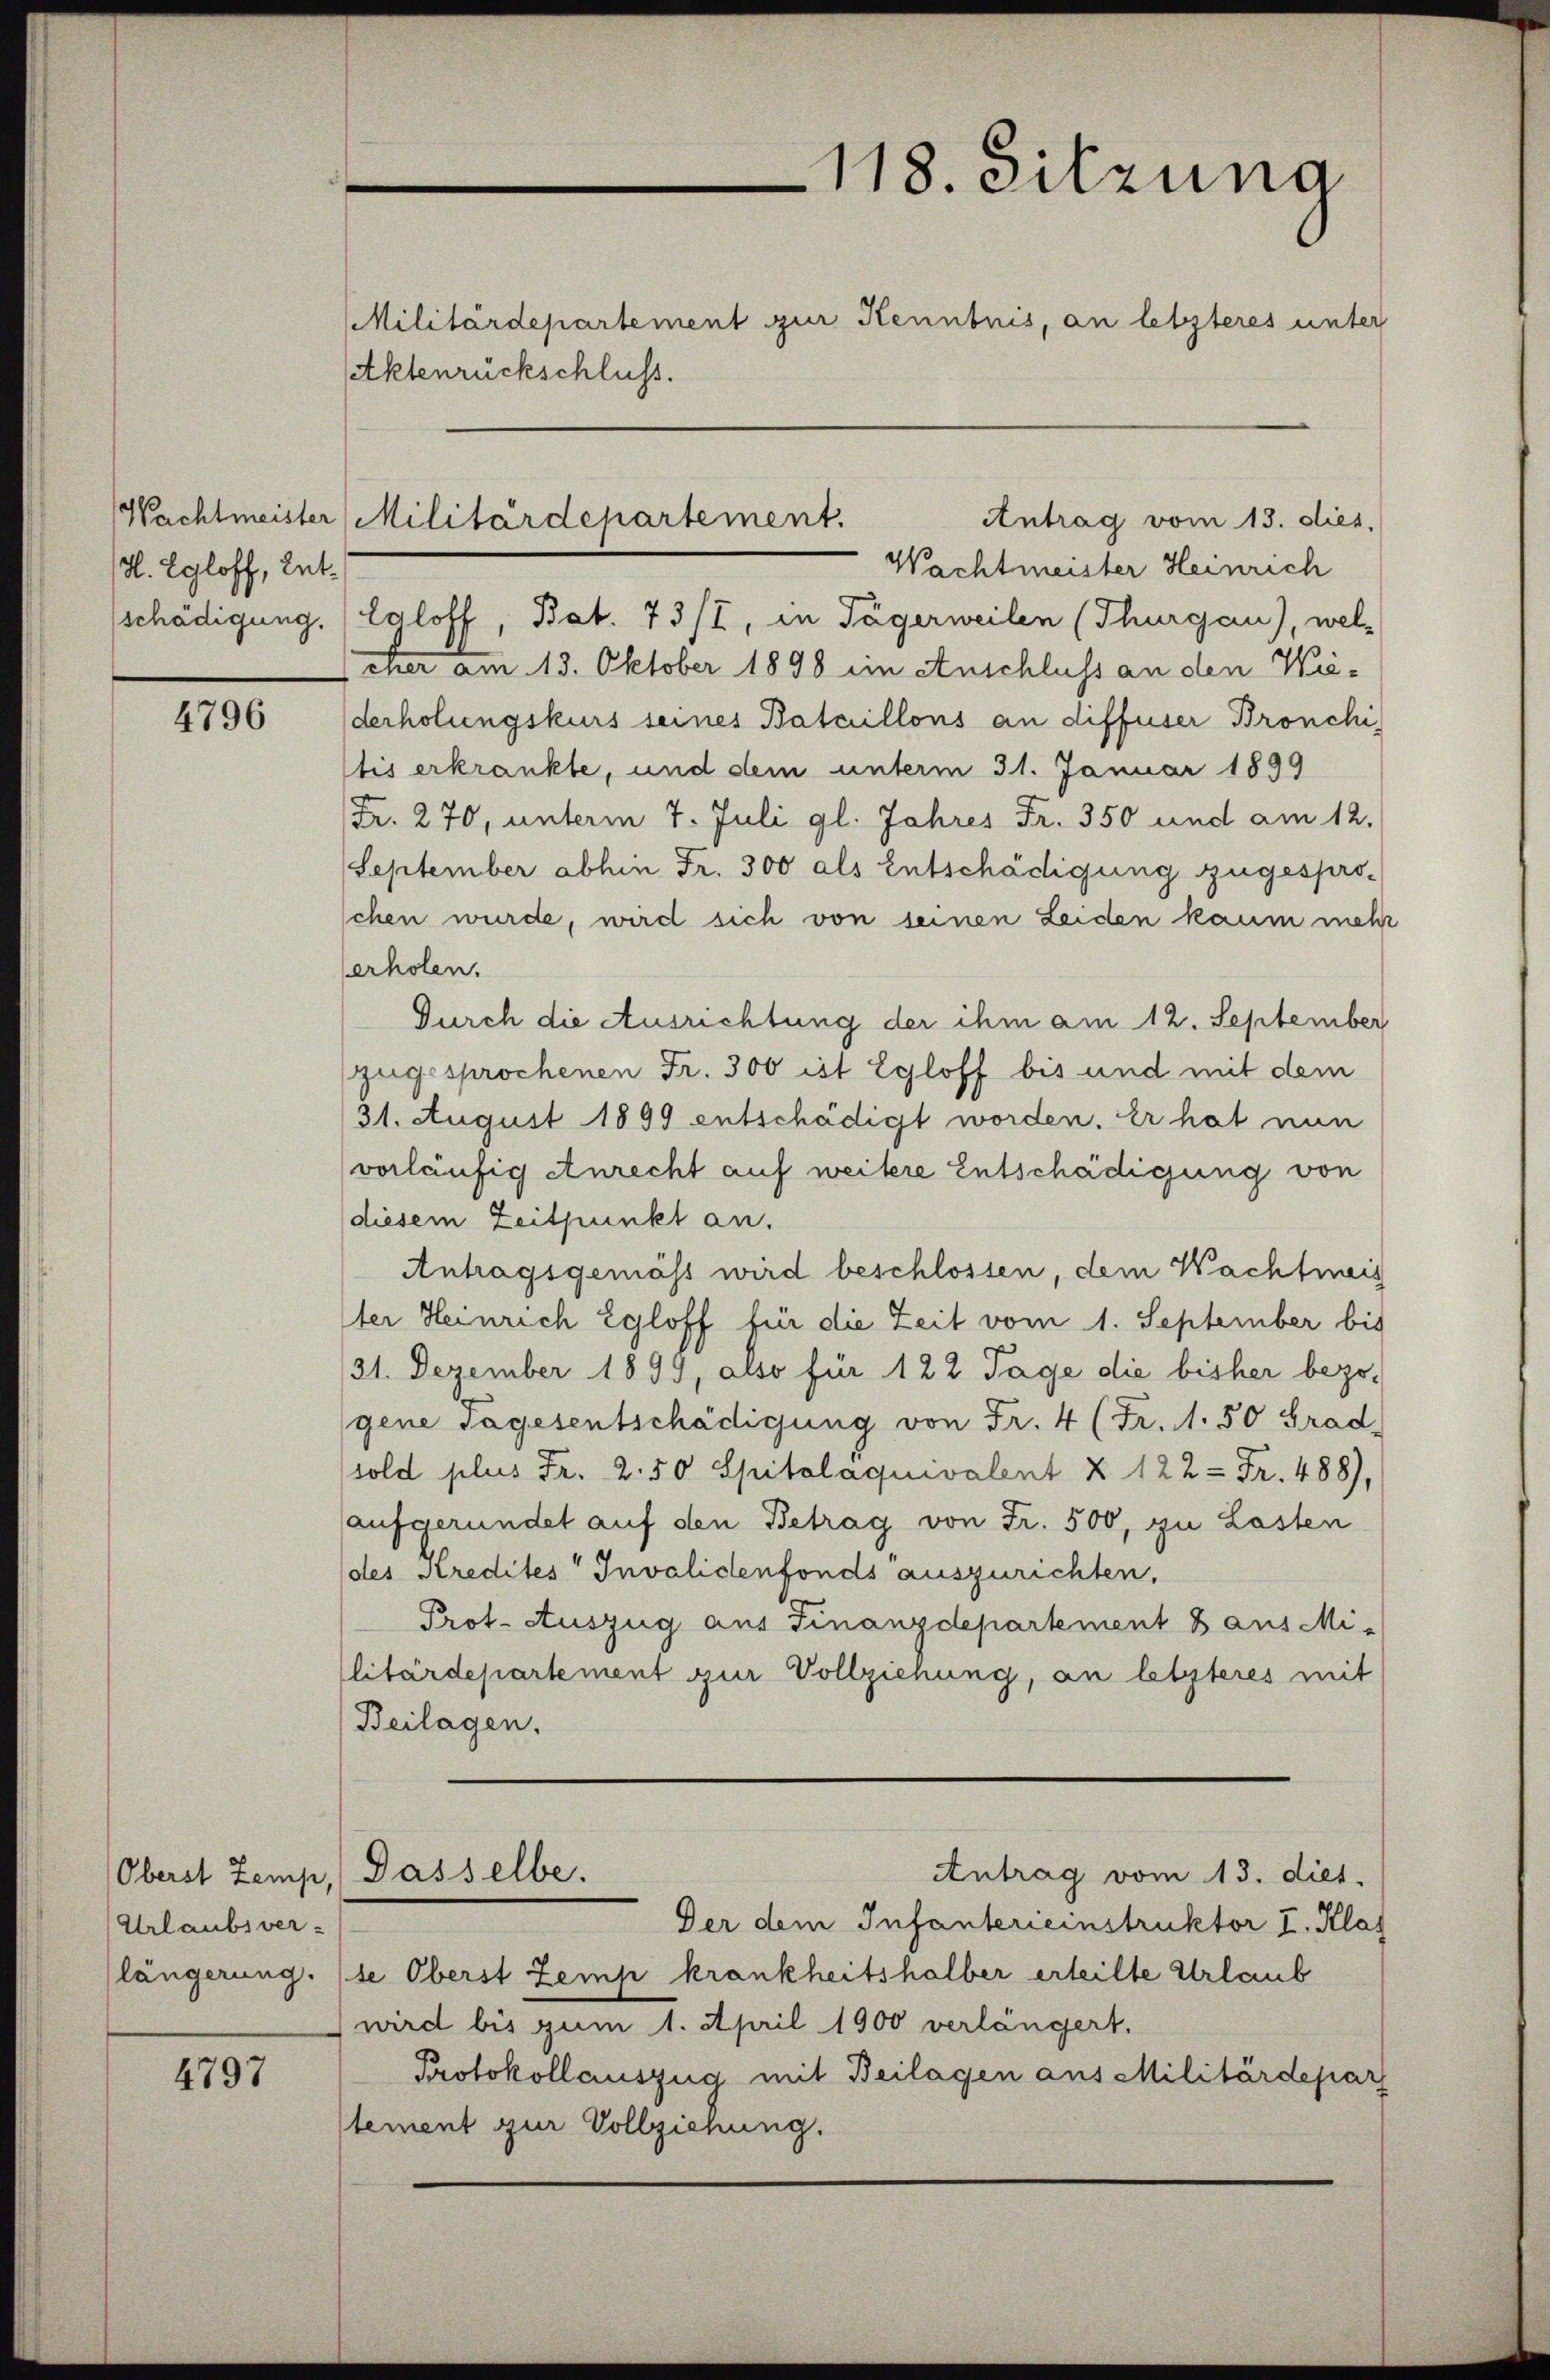
/d. Egloff, Ent¬

4796

Urlaubsver-
längerung.

4797

Aktenrückschluss.

Wachtmeister Heinrich
schädigung. (Laloff, Bat. 73/I, in Tägerweilen (Thurgau), wel-
eher am 13. Oktober 1898 im Anschluss an den Wiederholungskurs seines Bataillons an diffuser Bronchi
tis erkrankte, und dem unterm 31. Januar 1899
Fr. 270, unterm 7. Juli gl. Jahres Fr. 350 und am 12.
September abhin Fr. 300 als Entschädigung zugesprochen wurde, wird sich von seinen Leiden kaum mehr
erholen.
Durch die Ausrichtung der ihm am 12. September
zugesprochenen Fr. 300 ist Egloff bis und mit dem
31. August 1899 entschädigt worden. Er hat nun
vorläufig Anrecht auf weitere Entschädigung von
diesem Zeitpunkt an.
Antragsgemäss wird beschlossen, dem Wachtmeis
Iter Heinrich Egloff für die Zeit vom 1. September bis
31. Dezember 1899, also für 122 Tage die bisher bezogene Tagesentschädigung von Fr. 4 (Fr. 1.50 Grad,
sold plus Fr. 2.50 Spitalaquivalent § 122 = Fr. 488),
aufgeründet auf den Betrag von Fr. 500, zu Lasten
des Kredites Invalidenfonds auszurichten,
Prot. Auszug aus Finanzdepartement 8 aus Mi-
litärdepartement zur Vollziehung, an letzteres mit
Beilagen.
Antrag vom 13. dies.
Oberst Zemp, Dasselbe.
Der dem Infanterieinstruktor I. Klas
se Oberst Zemp krankheitshalber erteilte Urlaub
wird bis zum 1. April 1900 verlängert.
Protokollauszug mit Beilagen aus Militärdepar
tement zur Vollziehung.

118. Sitzung
Militärdepartement zur Kenntnis, an letzteres unter

Wachtmeister Militärdepartement.
Antrag vom 13. dies,